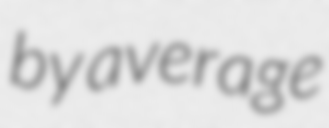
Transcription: by average